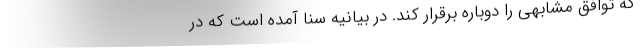
که توافق مشابهی را دوباره برقرار کند. در بیانیه سنا آمده است که در